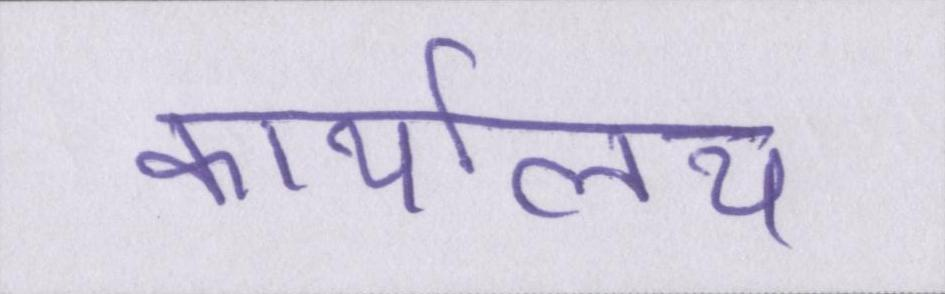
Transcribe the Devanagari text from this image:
कार्यालय